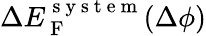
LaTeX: \Delta E_{\mathrm{~F~}}^{\mathrm{~s~y~s~t~e~m~}}(\Delta\phi)